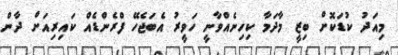
މިއަދު ކުޑަކޮށް ބިޒީ މާދަމާ ކިހިނެއްވާނީ ހަވީރު އެބަޖެހޭ ފްރެންޑެއް ކައިރިއަށް ދާން